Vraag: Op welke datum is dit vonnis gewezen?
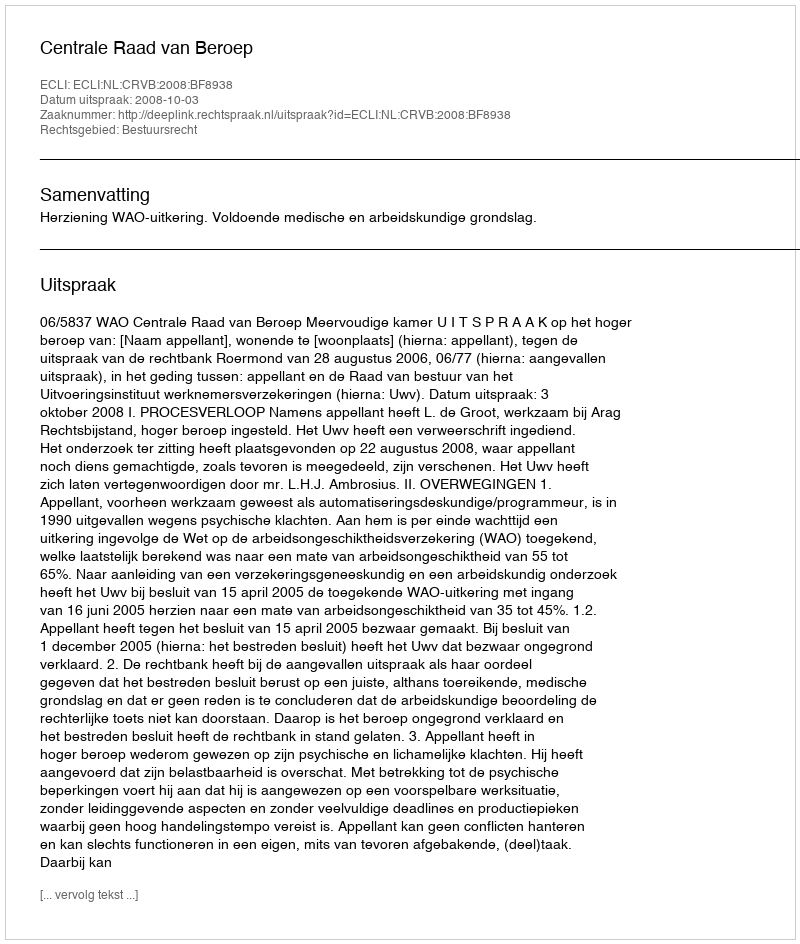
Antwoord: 2008-10-03